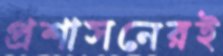
প্রশাসনেরই